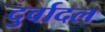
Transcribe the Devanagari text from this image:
दुर्वादल